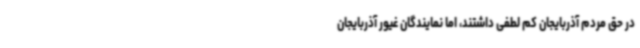
در حق مردم آذربایجان کم لطفی داشتند، اما نمایندگان غیور آذربایجان